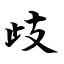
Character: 歧